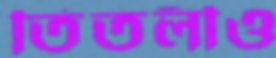
তিতলীও